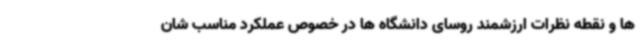
ها و نقطه نظرات ارزشمند روسای دانشگاه ها در خصوص عملکرد مناسب شان